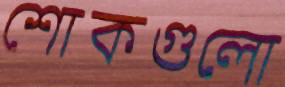
শোকগুলো